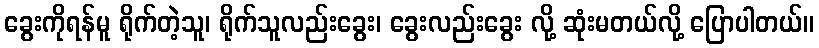
ခွေးကိုရန်မူ ရိုက်တဲ့သူ၊ ရိုက်သူလည်းခွေး၊ ခွေးလည်းခွေး လို့ ဆုံးမတယ်လို့ ပြောပါတယ်။